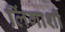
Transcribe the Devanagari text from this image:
लिंगाशी